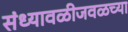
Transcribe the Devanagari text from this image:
संध्यावळीजवळच्या